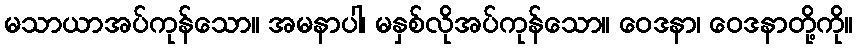
မသာယာအပ်ကုန်သော။ အမနာပါ၊ မနှစ်လိုအပ်ကုန်သော။ ဝေဒနာ၊ ဝေဒနာတို့ကို။